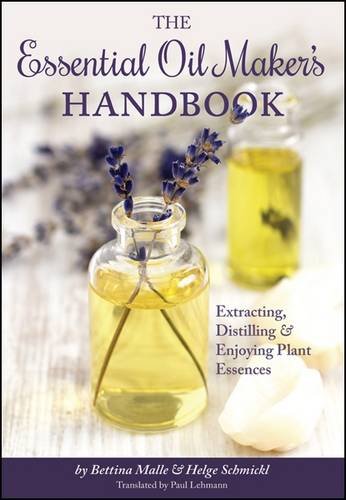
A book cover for The Essential Oil Maker's Handbook; Bettina Malle; Crafts, Hobbies & Home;